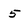
Character: 5